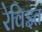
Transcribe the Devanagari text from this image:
रेविइत